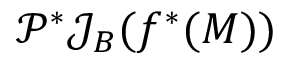
\mathcal { P } ^ { * } \mathcal { J } _ { B } ( f ^ { * } ( M ) )